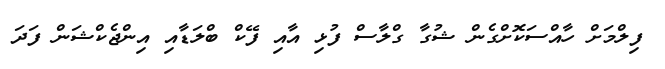
ފިލްމަށް ހާއްސަކޮށްގެން ޝުގާ ގްލާސް ފުޅި އާއި ފޭކް ބްލަޑާއި އިންޖެކްޝަން ފަދަ